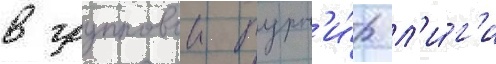
в групповои турн'и́р л'и́г'и